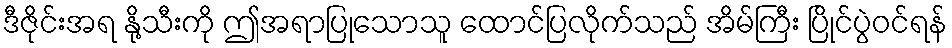
ဒီဇိုင်းအရ နို့သီးကို ဤအရာပြုသောသူ ထောင်ပြလိုက်သည် အိမ်ကြီး ပြိုင်ပွဲဝင်ရန်